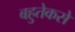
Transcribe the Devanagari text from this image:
बहुतेकसे